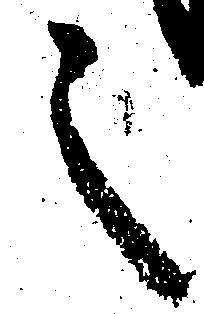
之